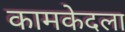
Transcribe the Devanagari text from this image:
कामकेदला